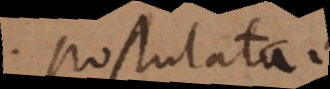
postulata.